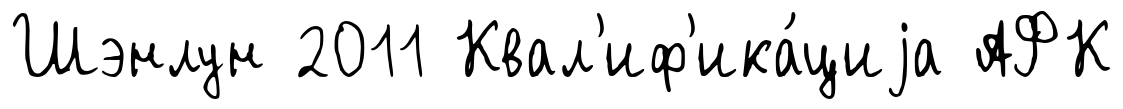
Шэнлун 2011 Квал'иф'ика́циjа АФК